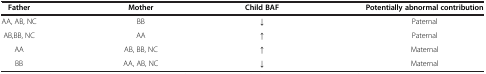
<table><thead><tr><td><b>Father</b></td><td><b>Mother</b></td><td><b>Child BAF</b></td><td><b>Potentially abnormal contribution</b></td></tr></thead><tbody><tr><td>AA, AB, NC</td><td>BB</td><td>↓</td><td>Paternal</td></tr><tr><td>AB,BB, NC</td><td>AA</td><td>↑</td><td>Paternal</td></tr><tr><td>AA</td><td>AB, BB, NC</td><td>↑</td><td>Maternal</td></tr><tr><td>BB</td><td>AA, AB, NC</td><td>↓</td><td>Maternal</td></tr></tbody></table>